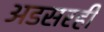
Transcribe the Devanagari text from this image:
अडसरही